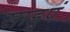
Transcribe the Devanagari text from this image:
साडूपं